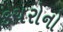
કચરોનો